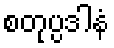
စတုပ္ပဒါနံ